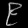
Digit: ၉